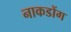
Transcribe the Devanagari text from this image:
नाकडोंग